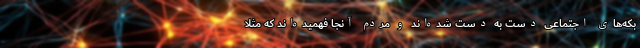
بکه‌های اجتماعی دست به دست شده‌اند و مردم آنجا فهمیده‌اند که مثلا